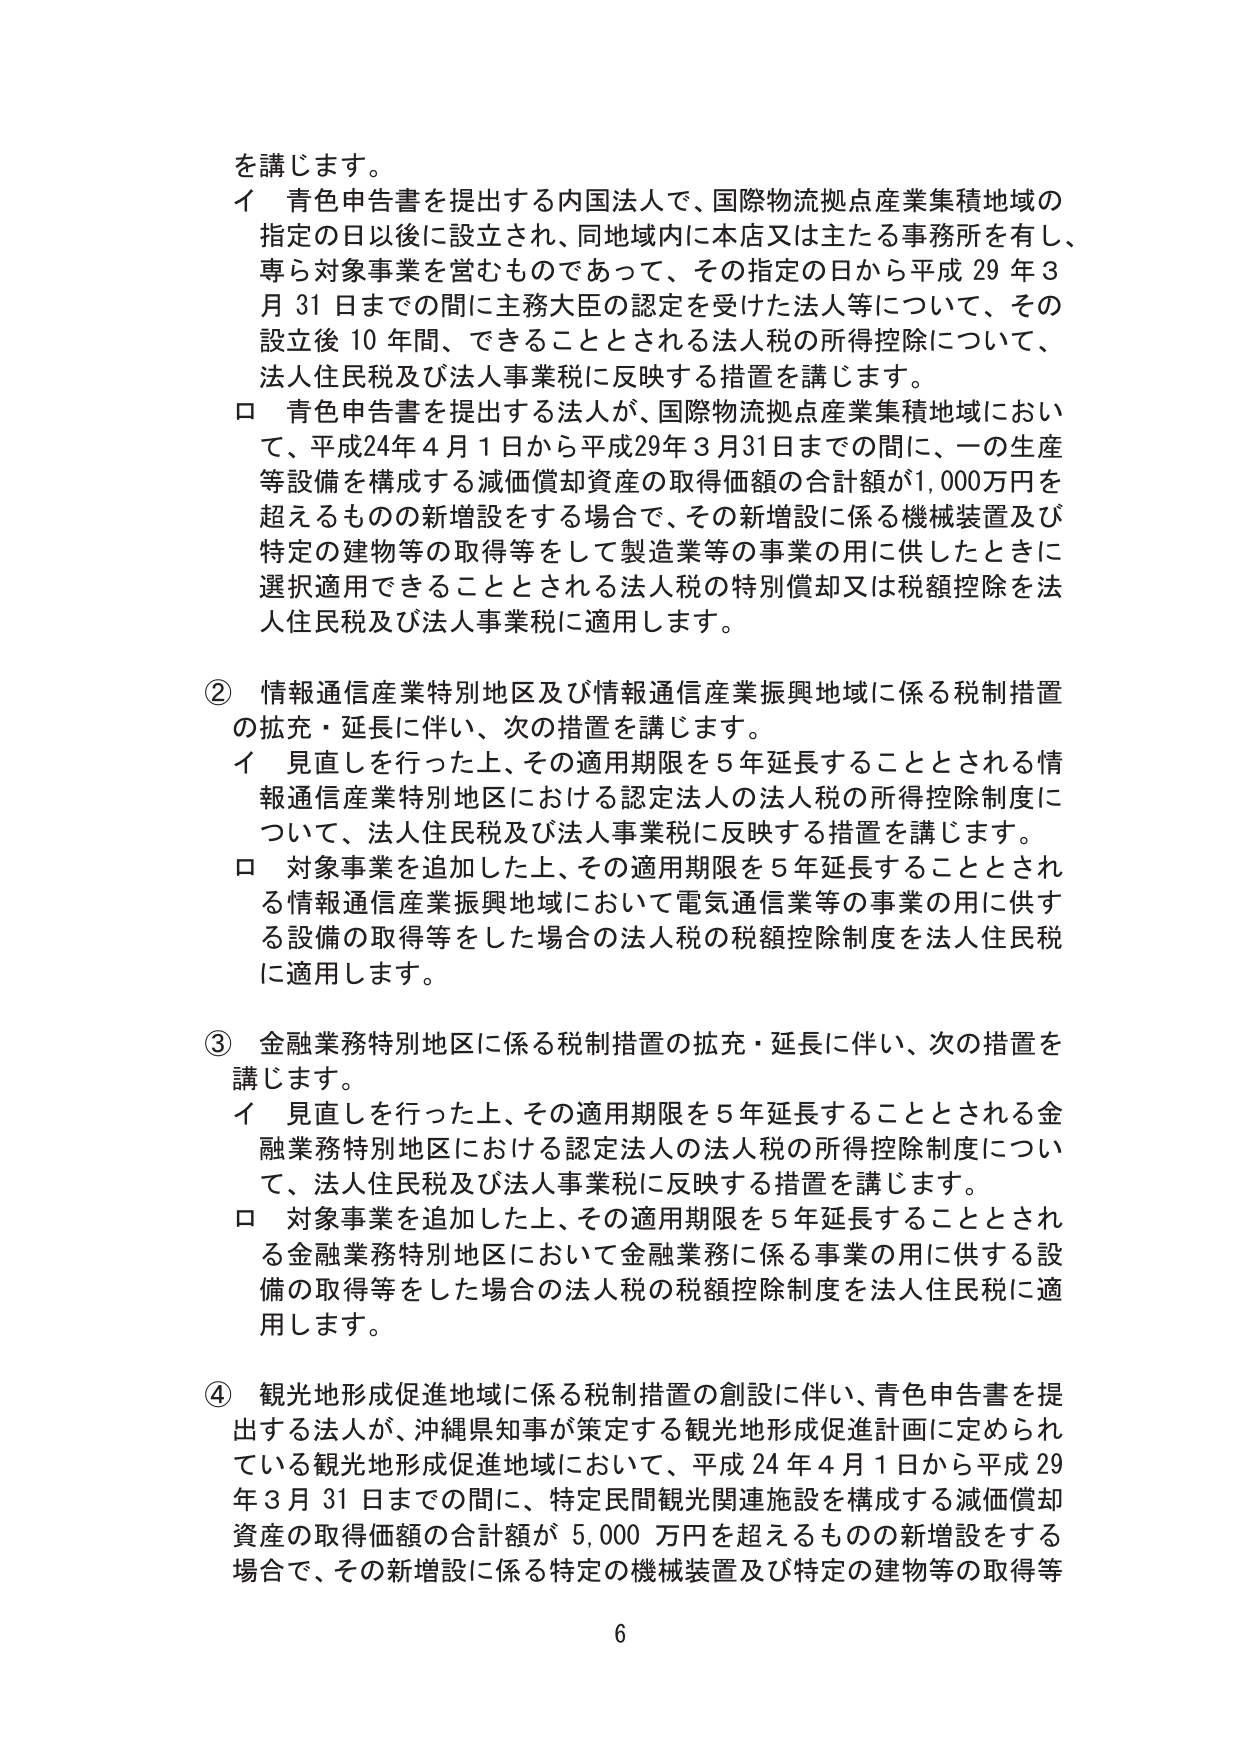
を講じます。
イ 青色申告書を提出する内国法人で、国際物流拠点産業集積地域の
指定の日以後に設立され、同地域内に本店又は主たる事務所を有し、
専ら対象事業を営むものであって、その指定の日から平成29年3
月31日までの間に主務大臣の認定を受けた法人等について、その
設立後10年間、できることとされる法人税の所得控除について、
法人住民税及び法人事業税に反映する措置を講じます。
ロ 青色申告書を提出する法人が、国際物流拠点産業集積地域におい
て、平成24年4月1日から平成29年3月31日までの間に、一の生産
等設備を構成する減価償却資産の取得価額の合計額が1,000万円を
超えるものの新増設をする場合で、その新増設に係る機械装置及び
特定の建物等の取得等をして製造業等の事業の用に供したときに
選択適用できることとされる法人税の特別償却又は税額控除を法
人住民税及び法人事業税に適用します。

② 情報通信産業特別地区及び情報通信産業振興地域に係る税制措置
の拡充・延長に伴い、次の措置を講じます。
イ 見直しを行った上、その適用期限を5年延長することとされる情
報通信産業特別地区における認定法人の法人税の所得控除制度に
ついて、法人住民税及び法人事業税に反映する措置を講じます。
ロ 対象事業を追加した上、その適用期限を5年延長することとされ
る情報通信産業振興地域において電気通信業等の事業の用に供す
る設備の取得等をした場合の法人税の税額控除制度を法人住民税
に適用します。

③ 金融業務特別地区に係る税制措置の拡充・延長に伴い、次の措置を
講じます。
イ 見直しを行った上、その適用期限を5年延長することとされる金
融業務特別地区における認定法人の法人税の所得控除制度につい
て、法人住民税及び法人事業税に反映する措置を講じます。
ロ 対象事業を追加した上、その適用期限を5年延長することとされ
る金融業務特別地区において金融業務に係る事業の用に供する設
備の取得等をした場合の法人税の税額控除制度を法人住民税に適
用します。

④ 観光地形成促進地域に係る税制措置の創設に伴い、青色申告書を提
出する法人が、沖縄県知事が策定する観光地形成促進計画に定められ
ている観光地形成促進地域において、平成24年4月1日から平成29
年3月31日までの間に、特定民間観光関連施設を構成する減価償却
資産の取得価額の合計額が5,000万円を超えるものの新増設をする
場合で、その新増設に係る特定の機械装置及び特定の建物等の取得等

6